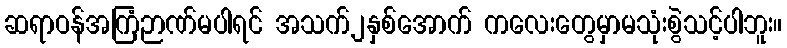
ဆရာဝန်အကြံဉာဏ်မပါရင် အသက်၂နှစ်အောက် ကလေးတွေမှာမသုံးစွဲသင့်ပါဘူး။